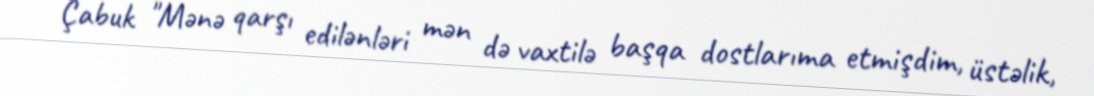
Çabuk "Mənə qarşı edilənləri mən də vaxtilə başqa dostlarıma etmişdim, üstəlik,